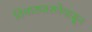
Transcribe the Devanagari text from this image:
विचारधारणेपासून